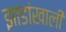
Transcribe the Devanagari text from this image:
झाडांखाली